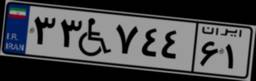
۳۳W۷۴۴۶۱